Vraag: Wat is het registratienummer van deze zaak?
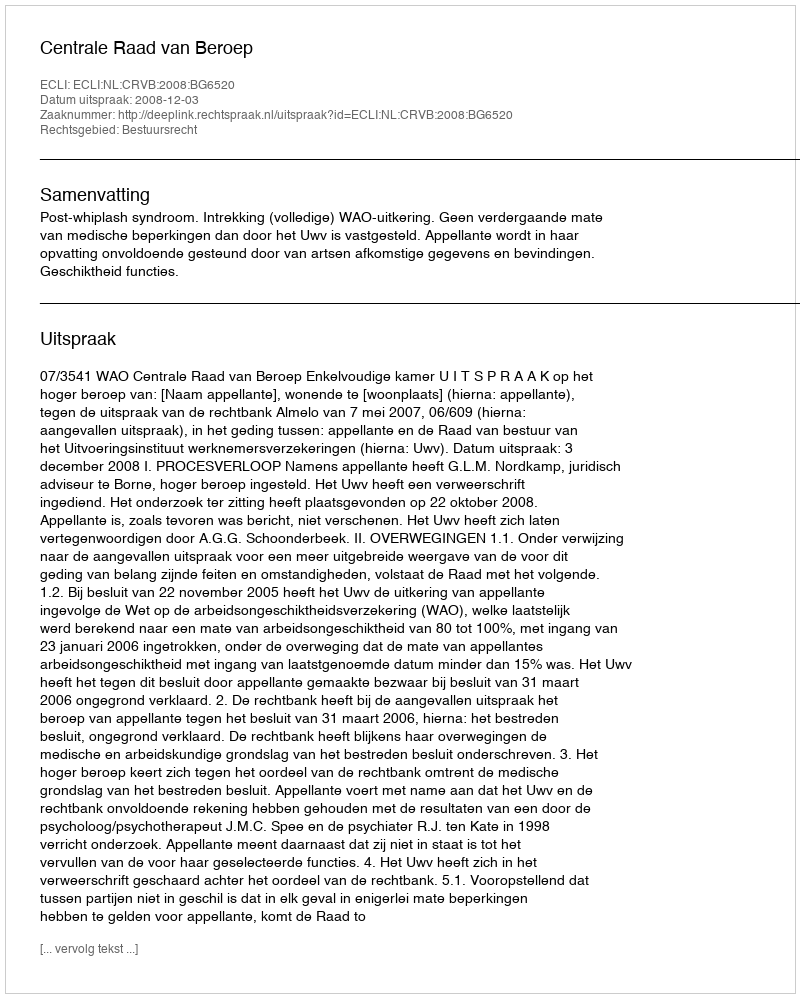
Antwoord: http://deeplink.rechtspraak.nl/uitspraak?id=ECLI:NL:CRVB:2008:BG6520